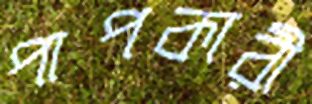
পাপকারী